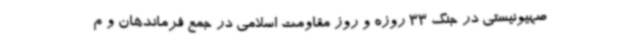
صهیونیستی در جنگ 33 روزه و روز مقاومت اسلامی در جمع فرماندهان و م